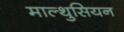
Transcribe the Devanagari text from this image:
माल्थुसियन